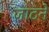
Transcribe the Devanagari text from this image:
जाटने